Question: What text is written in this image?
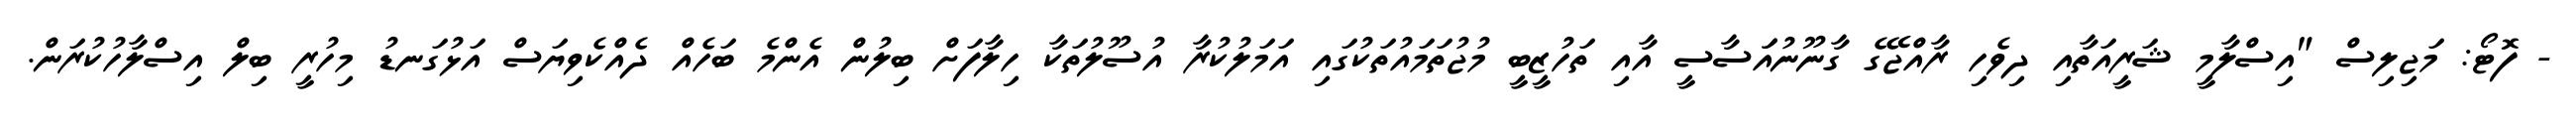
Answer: - ފޮޓޯ: މަޖިލިސް "އިސްލާމީ ޝަރީއަތާއި ދިވެހި ރާއްޖޭގެ ގާނޫނުއަަސާސީ އާއި ތަހުޒީބީ މުޖުތަމައުތަކުގައި އަމަލުކުރާ އުސޫލުތަކާ ހިލާފަށް ބިލުން އެންމެ ބަހެއް ދެއްކެވިޔަސް އަޅުގަނޑު މިހުރީ ބިލް އިސްލާހުކުރަން.